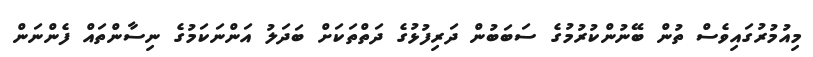
މިއުމުރުގައިވެސް ތުން ބޭނުންކުރުމުގެ ސަބަބުން ދަރިފުޅުގެ ދަތްތަކަށް ބަދަލު އަންނަކަމުގެ ނިސާންތައް ފެންނަން